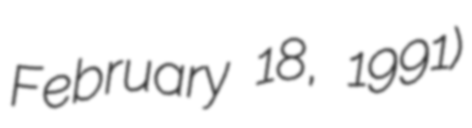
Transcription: February 18, 1991)